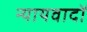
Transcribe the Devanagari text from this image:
न्यायवादों